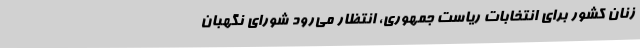
زنان کشور برای انتخابات ریاست جمهوری، انتظار می‌رود شورای نگهبان